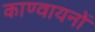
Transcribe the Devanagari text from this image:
काण्वायनों